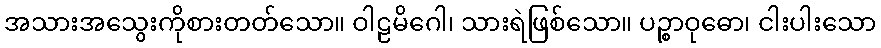
အသားအသွေးကိုစားတတ်သော။ ဝါဠမိဂေါ၊ သားရဲဖြစ်သော။ ပဉ္စာဝုဓော၊ ငါးပါးသော